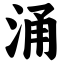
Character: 涌